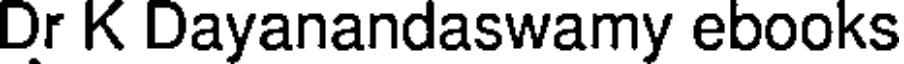
Dr K Dayanandaswamy ebooks